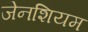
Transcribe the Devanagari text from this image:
जेनशियम